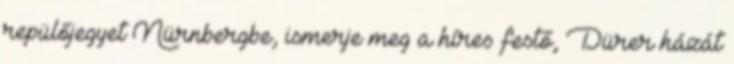
repülőjegyet Nürnbergbe, ismerje meg a híres festő, Dürer házát